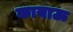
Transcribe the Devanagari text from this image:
कायाऊ